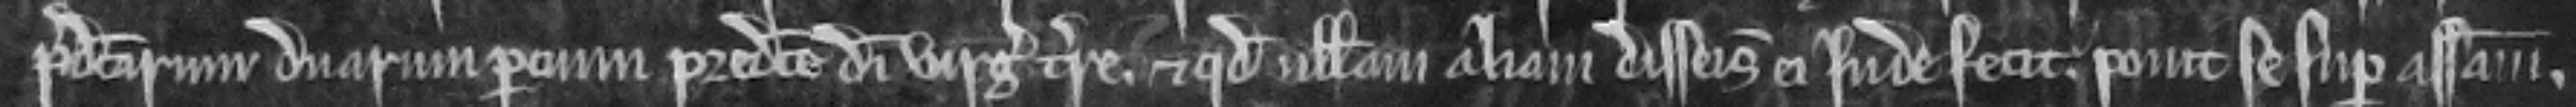
predictarum duarum parcium predicte dimidie virgate terre et quod nullam aliam disseisinam ei inde fecit ponit se super assisam.